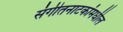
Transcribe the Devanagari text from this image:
संगीतनाटकांमधील